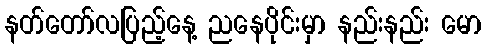
နတ်တော်လပြည့်နေ့ ညနေပိုင်းမှာ နည်းနည်း မော